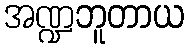
အဏ္ဍဘူတာယ